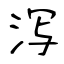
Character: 泻